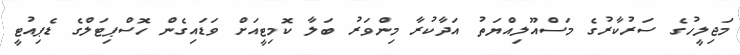
މަޖިލީހުގެ ސަރުކާރުގެ މަސްއޫލިއްޔަތު އަދާކުރާ މިންވަރު ބަލާ ކޮމިޓީއަށް ވަޑައިގެން ހޮސްޕިޓަލްގެ ޑެޕިއުޓީ